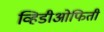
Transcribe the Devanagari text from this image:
व्हिडीओफिती